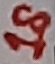
Text: 18